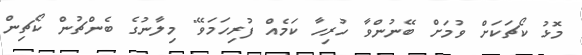
މޮޅު ކޯޗަކަށް ވުމަށް ބޭނުންވާ ހުރިހާ ކަމެއް ފުރިހަމަވޭ" މިލާނުގެ ބެންޗުން ކޯޗިން